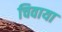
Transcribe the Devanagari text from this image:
चिवाया